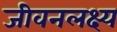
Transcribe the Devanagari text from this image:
जीवनलक्ष्य